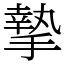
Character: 摯